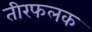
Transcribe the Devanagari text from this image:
तीरफलक